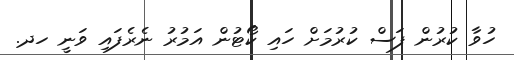
ހުވާ ކުރުން ފަސް ކުރުމަށް ހައި ކޯޓުން އަމުރު ނެރެފައި ވަނީ ހދ.